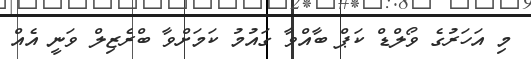
މި އަހަރުގެ ވޯލްޑް ކަޕް ބާއްވާ ގައުމު ކަމަށްވާ ބްރެޒިލް ވަނީ އެއް